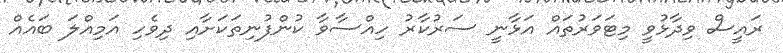
ރައީސް ވިދާޅުވީ މިޓަވަރުތައް އަޅާނީ ސަރުކާރު ހިއްސާވާ ކުންފުނިތަކަށާއި ދިވެހި އަމިއްލަ ބައެއް